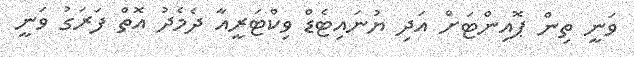
ވަނީ ތިން ޕޮއިންޓަށް އަދި ޔުނައިޓެޑް ވިކްޓަރީއާ ދެމެދު އޮތް ފަރަގު ވަނީ